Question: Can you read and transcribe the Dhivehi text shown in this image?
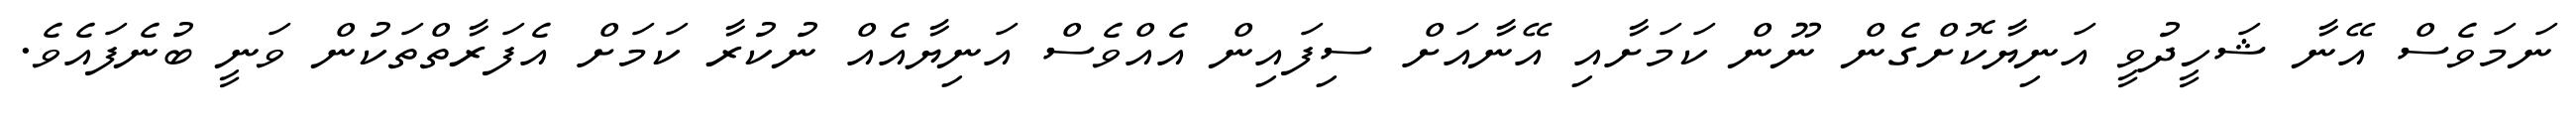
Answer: ނަމަވެސް އޭނާ ޝަހީދުވީ އަނިޔާކޮށްގެން ނޫން ކަމަށާއި އޭނާއަށް ސިފައިން އެއްވެސް އަނިޔާއެއް ނުކުރާ ކަމަށް އެފަރާތްތަކުން ވަނީ ބުނެފައެވެ.